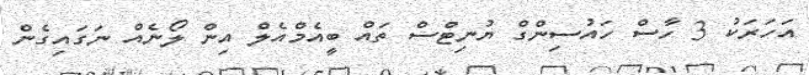
އަހަރަކު 3 ހާސް ހައުސިންގް ޔުނިޓްސް ތައް ބީއެމްއެލް އިން ލޯނެއް ނަގައިގެން